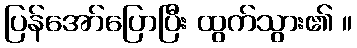
ပြန်အော်ပြောပြီး ထွက်သွား၏ ။